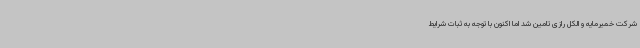
شرکت خمیرمایه و الکل رازی تامین شد اما اکنون با توجه به ثبات شرایط